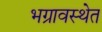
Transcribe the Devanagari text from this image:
भग्रावस्थेत